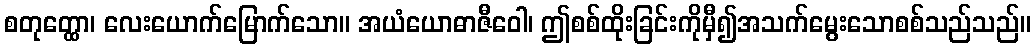
စတုတ္ထော၊ လေးယောက်မြောက်သော။ အယံယောဓာဇီဝေါ၊ ဤစစ်ထိုးခြင်းကိုမှီ၍အသက်မွေးသောစစ်သည်သည်။